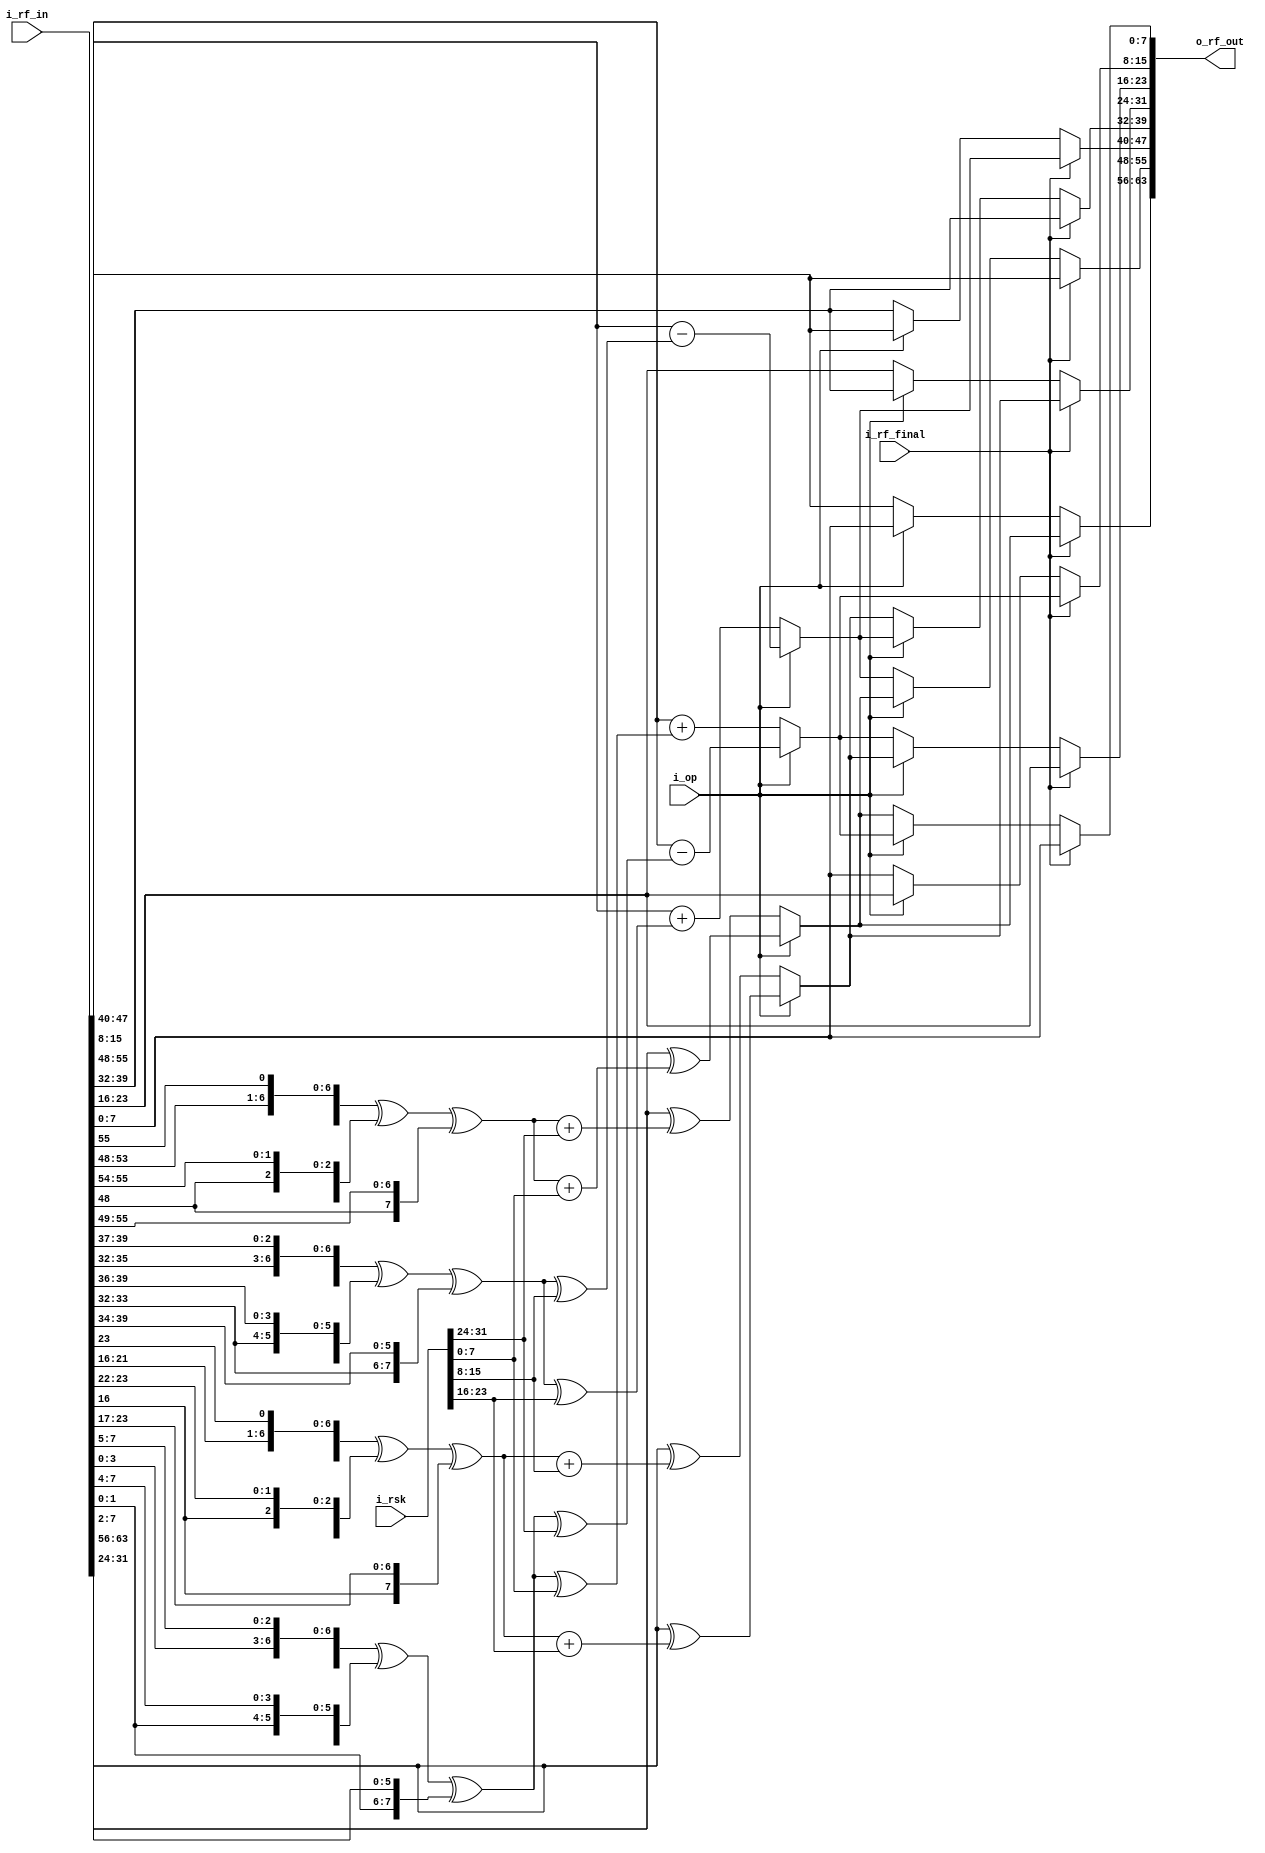
module RF(
	i_op             ,   
	
	i_rsk            ,   

	i_rf_in          ,  
	
	i_rf_final       ,  

	o_rf_out          
);


//=====================================
//
//          PARAMETERS 
//
//=====================================


//=====================================
//
//          I/O PORTS 
//
//=====================================
input        i_op           ;  

input[31:0]  i_rsk          ;  

input[63:0]  i_rf_in        ;  
	
input        i_rf_final     ;  

output[63:0] o_rf_out       ;  


//=====================================
//
//          REGISTERS
//
//=====================================


//=====================================
//
//          WIRES
//
//=====================================
// w_rf_out
wire[63:0]  w_rf_out     ;  
// w_rf_out (7 ~ 0)
wire[7:0]  w_rf_out7     ;  
wire[7:0]  w_rf_out6     ;  
wire[7:0]  w_rf_out5     ;  
wire[7:0]  w_rf_out4     ;  
wire[7:0]  w_rf_out3     ;  
wire[7:0]  w_rf_out2     ;  
wire[7:0]  w_rf_out1     ;  
wire[7:0]  w_rf_out0     ;  
// w_f_function 
wire[7:0] w_f0_6   ;  
wire[7:0] w_f1_4   ;
wire[7:0] w_f0_2   ;
wire[7:0] w_f1_0   ;
// w_rf_median_value
wire[7:0] w_rf_mv[0:3]; 
//=====================================
//
//          MAIN
//
//=====================================

assign w_f0_6 = {i_rf_in[54:48],i_rf_in[55]}    ^ 
                {i_rf_in[53:48],i_rf_in[55:54]} ^ 
                {i_rf_in[48]   ,i_rf_in[55:49]};
assign w_f1_4 = {i_rf_in[36:32],i_rf_in[39:37]} ^ 
                {i_rf_in[35:32],i_rf_in[39:36]} ^ 
                {i_rf_in[33:32],i_rf_in[39:34]};
assign w_f0_2 = {i_rf_in[22:16],i_rf_in[23]}    ^ 
                {i_rf_in[21:16],i_rf_in[23:22]} ^ 
                {i_rf_in[16]   ,i_rf_in[23:17]};
assign w_f1_0 = {i_rf_in[4:0]  ,i_rf_in[7:5]} ^ 
                {i_rf_in[3:0]  ,i_rf_in[7:4]} ^ 
                {i_rf_in[1:0]  ,i_rf_in[7:2]}; 

assign w_rf_mv[3] = (i_op == 0) ? i_rf_in[63:56] ^ (w_f0_6 + i_rsk[31:24]):
                                  i_rf_in[63:56] ^ (w_f0_6 + i_rsk[7:0]); 

assign w_rf_mv[2] = (i_op == 0) ? i_rf_in[47:40] + (w_f1_4 ^ i_rsk[23:16]): 
                                  i_rf_in[47:40] - (w_f1_4 ^ i_rsk[15:8]);                        

assign w_rf_mv[1] = (i_op == 0) ? i_rf_in[31:24] ^ (w_f0_2 + i_rsk[15:8]):
                                  i_rf_in[31:24] ^ (w_f0_2 + i_rsk[23:16]); 

assign w_rf_mv[0] = (i_op == 0) ? i_rf_in[15:8] + (w_f1_0 ^ i_rsk[7:0]): 
                                  i_rf_in[15:8] - (w_f1_0 ^ i_rsk[31:24]); 

assign w_rf_out7 = (i_rf_final == 1) ? w_rf_mv[3] : 
                                      (i_op == 0) ? i_rf_in[55:48] : 
                                                    i_rf_in[7:0];
assign w_rf_out6 = (i_rf_final == 1) ? i_rf_in[55:48] : 
                                      (i_op == 0) ? w_rf_mv[2] :
                                                    w_rf_mv[3];
assign w_rf_out5 = (i_rf_final == 1) ? w_rf_mv[2] : 
                                      (i_op == 0) ? i_rf_in[39:32] :  
                                                    i_rf_in[55:48];
assign w_rf_out4 = (i_rf_final == 1) ? i_rf_in[39:32] :
                                      (i_op == 0) ? w_rf_mv[1] :
                                                    w_rf_mv[2];
assign w_rf_out3 = (i_rf_final == 1) ? w_rf_mv[1] : 
                                      (i_op == 0) ? i_rf_in[23:16] :
                                                    i_rf_in[39:32];
assign w_rf_out2 = (i_rf_final == 1) ? i_rf_in[23:16] :
                                      (i_op == 0) ? w_rf_mv[0] :
                                                    w_rf_mv[1];

assign w_rf_out1 = (i_rf_final == 1) ? w_rf_mv[0] :             
                                      (i_op == 0) ? i_rf_in[7:0] : 
                                                    i_rf_in[23:16];

assign w_rf_out0 = (i_rf_final == 1) ? i_rf_in[7:0] :
                                      (i_op == 0) ? w_rf_mv[3] : 
                                                    w_rf_mv[0];
                   
assign w_rf_out = {w_rf_out7, w_rf_out6, w_rf_out5, w_rf_out4, w_rf_out3, w_rf_out2, w_rf_out1, w_rf_out0}; 
assign o_rf_out = w_rf_out;


endmodule